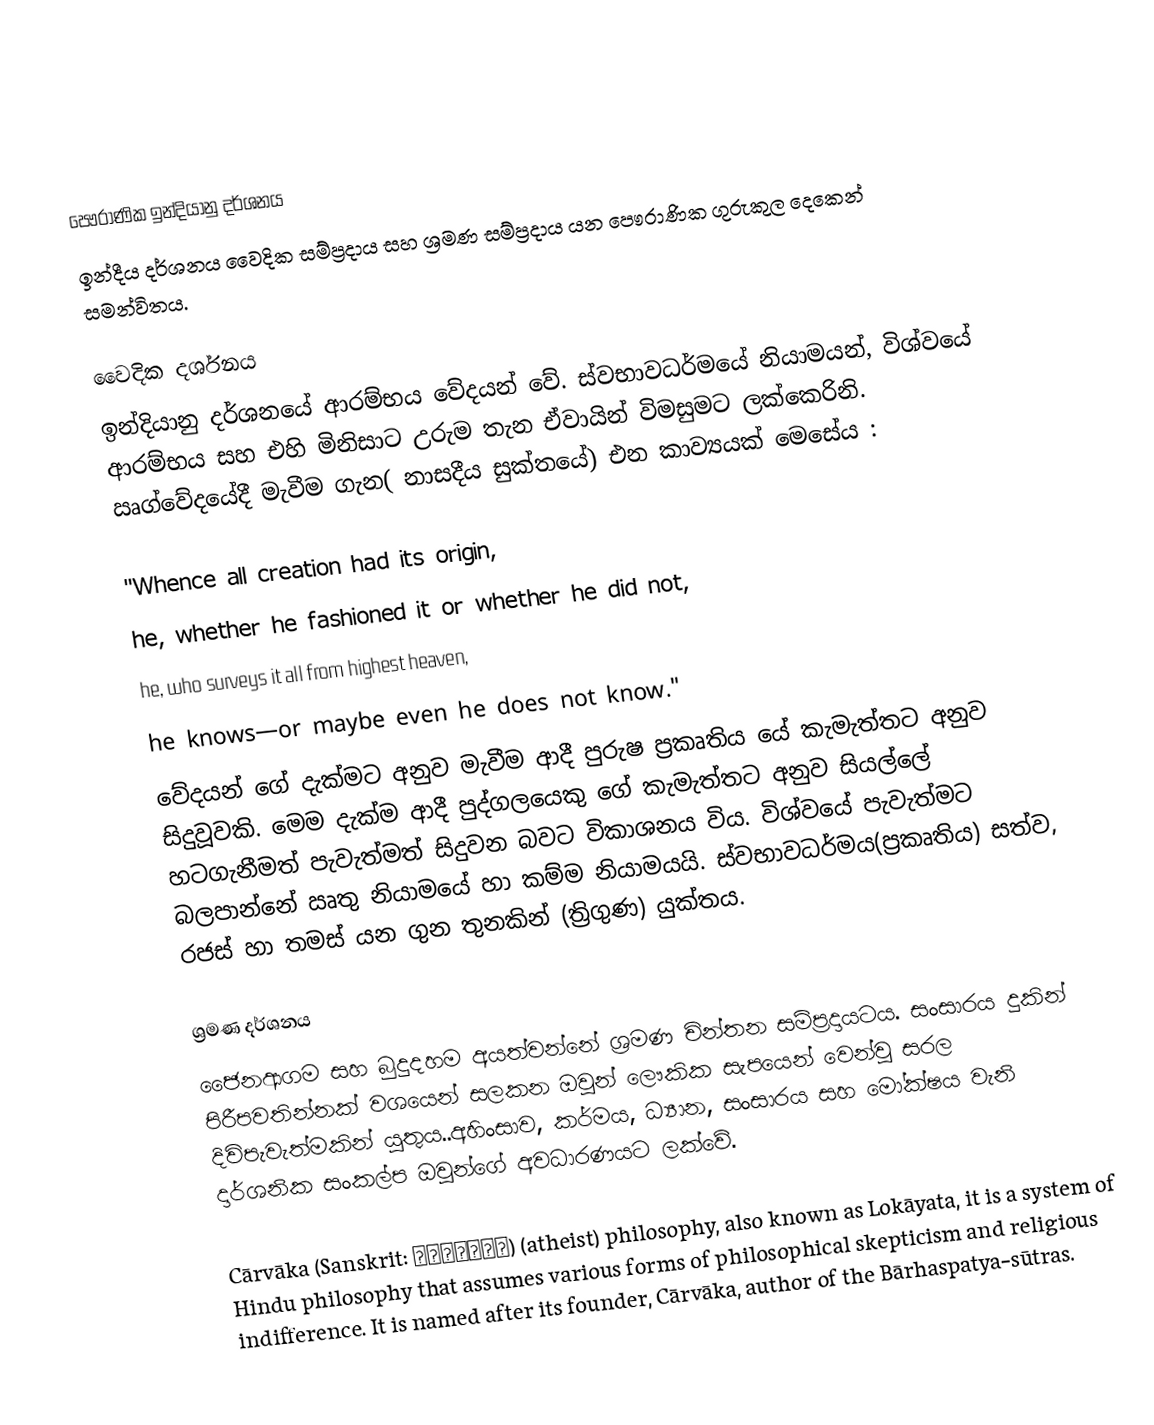

පෞරාණික ඉන්දියානු දර්ශනය
ඉන්දීය දර්ශනය වෛදික සම්ප්‍රදාය සහ ශ්‍රමණ සම්ප්‍රදාය යන පෞරාණික ගුරුකුල දෙක‍ෙන් සමන්විතය.

වෛදික දර්ශනය
ඉන්දියානු දර්ශනයේ ආරම්භය වේදයන් වේ. ස්වභාවධර්මයේ නියාමයන්, විශ්වයේ ආරම්භය සහ එහි මිනිසාට උරුම තැන ඒවායින් විමසුමට ලක්කෙරිනි. ඍග්වේදයේදී මැවීම ගැන( නාසදීය සුක්තයේ) එන කාව්‍යයක් මෙසේය :

 "Whence all creation had its origin,
 he, whether he fashioned it or whether he did not,
 he, who surveys it all from highest heaven,
 he knows—or maybe even he does not know."
වේදයන් ගේ දැක්මට අනුව මැවීම ආදී පුරුෂ ප්‍රකෘතිය යේ කැමැත්තට අනුව සිදුවූවකි. මෙම දැක්ම ආදී පුද්ගලයෙකු ගේ කැමැත්තට අනුව සියල්ලේ හටගැනීමත් පැවැත්මත් සිදුවන බවට විකාශනය විය. විශ්වයේ පැවැත්මට බලපාන්නේ  ඍතු නියාමයේ හා කම්ම නියාමයයි. ස්වභාවධර්මය(ප්‍රකෘතිය)  සත්ව, රජස් හා තමස් යන ගුන තුනකින් (ත්‍රිගුණ) යුක්තය.

ශ්‍රමණ දර්ශනය
ජෛනආගම සහ බුදුදහම අයත්වන්නේ ශ්‍රමණ චින්තන සම්ප්‍රදායටය. සංසාරය දුකින් පිරීපවතින්නක් වශයෙන් සලකන ඔවුන් ලෞකික සැපයෙන් වෙන්වූ සරල දිවිපැවැත්මකින් යුතුය..අහිංසාව, කර්මය, ධ්‍යාන, සංසාරය සහ මෝක්ෂය වැනි දාර්ශනික සංකල්ප ඔවුන්ගේ අවධාරණයට ලක්වේ.

Cārvāka (Sanskrit: चार्वाक) (atheist) philosophy,  also known as Lokāyata, it is a system of Hindu philosophy that assumes various forms of philosophical skepticism and religious indifference. It is named after its founder, Cārvāka, author of the Bārhaspatya-sūtras.